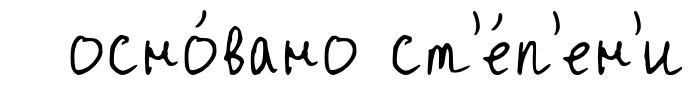
осно́вано ст'е́п'ен'и